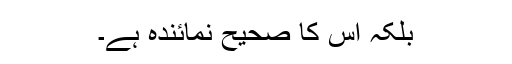
بلکہ اس کا صحیح نمائندہ ہے۔